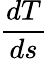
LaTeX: \frac{dT}{ds}